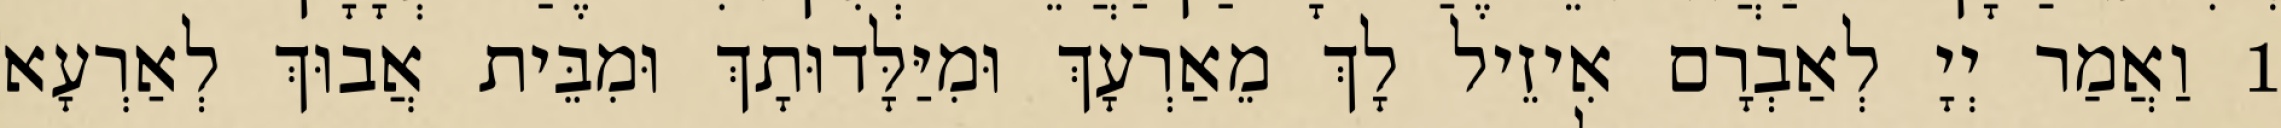
1 וַאֲמַר יְיָ לְאַבְרָם אִיזֵיל לָךְ מֵאַרְעָךְ וּמִיַּלָּדוּתָךְ וּמִבֵּית אֲבוּךְ לְאַרְעָא